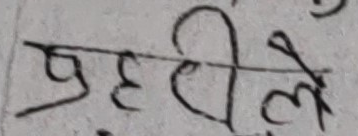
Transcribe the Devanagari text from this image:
प्रहरीले